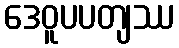
ဒေဝူပပတျဿ